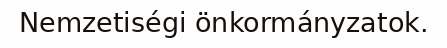
Nemzetiségi önkormányzatok.